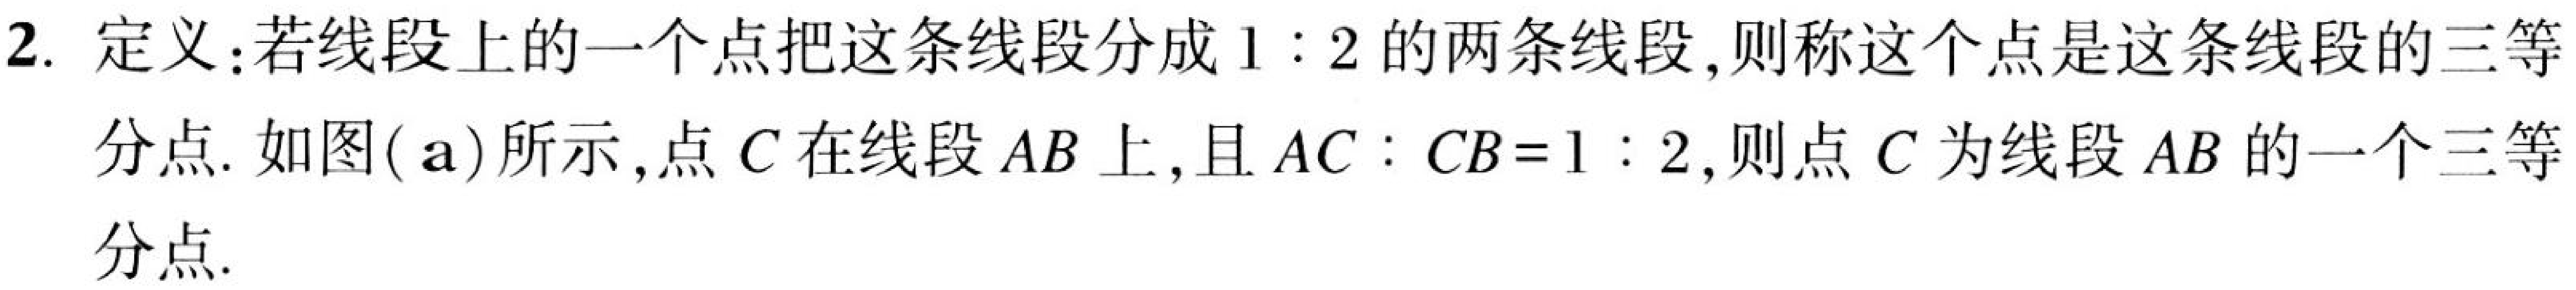
2. 定义：若线段上的一个点把这条线段分成\(1:2\)的两条线段，则称这个点是这条线段的三等
分点. 如图( a) 所示，点\(C\)在线段\(AB\)上，且\(AC:CB = 1:2\)，则点\(C\)为线段\(AB\)的一个三等
分点.